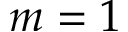
m = 1